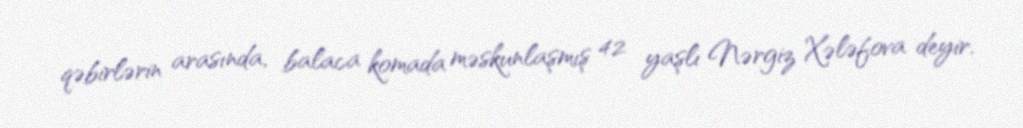
qəbirlərin arasında, balaca komada məskunlaşmış 42 yaşlı Nərgiz Xələfova deyir.